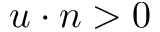
u \cdot n > 0